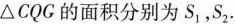
△CQG的面积分别为S_{1}，S_{2}.